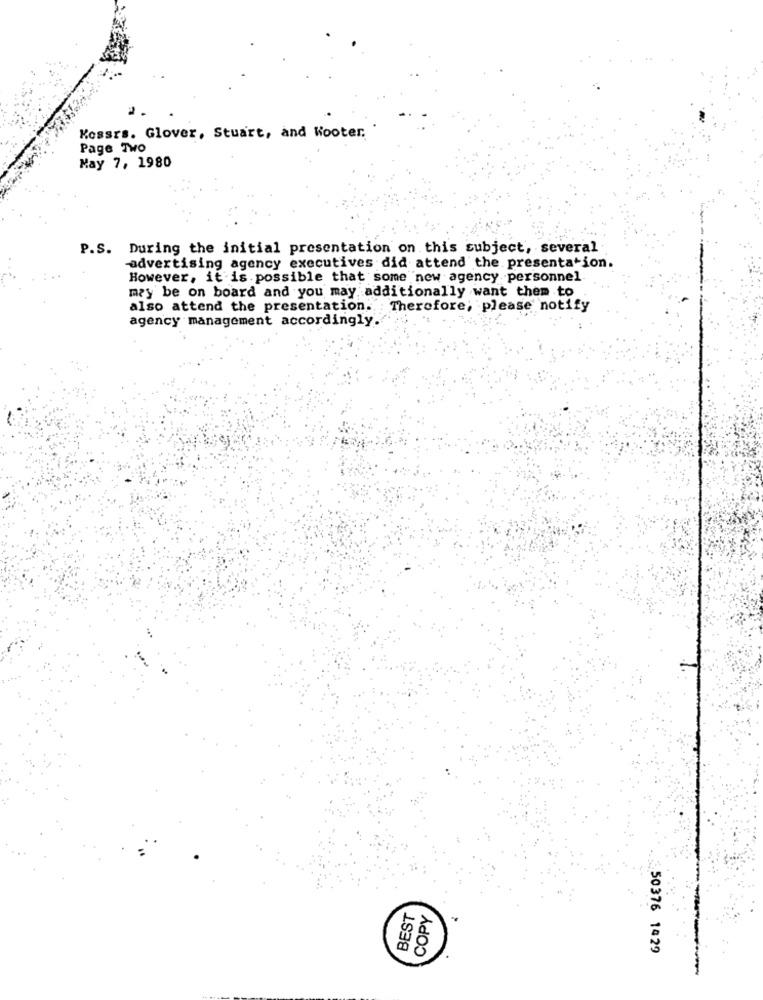
Kossrs. Glover, Stuart, and Wooter,
Page Two
May 7, 1980
P.S. During the initial presentation on this subject, several
advertising agency executives did attend the presentation.
However, it is possible that some new agency personnel
may be on board and you may additionally want them to
also attend the presentation. Therefore; please notify
agency management accordingly.
BEST
COPY
50376 1429